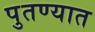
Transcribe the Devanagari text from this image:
पुतण्यात